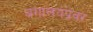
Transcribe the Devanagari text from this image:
बंगालयप्रवर